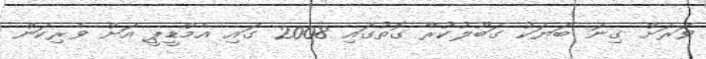
ވަރަށް ގިނަ ބަޔަކު ގަބޫލުކުރާ ގޮތުގައި 2008 ގައި އެމްޑީޕީ އަށް ވެރިކަން